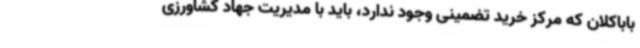
باباکلان که مرکز خرید تضمینی وجود ندارد، باید با مدیریت جهاد کشاورزی